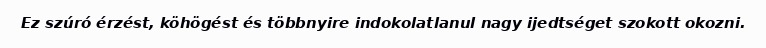
Ez szúró érzést, köhögést és többnyire indokolatlanul nagy ijedtséget szokott okozni.